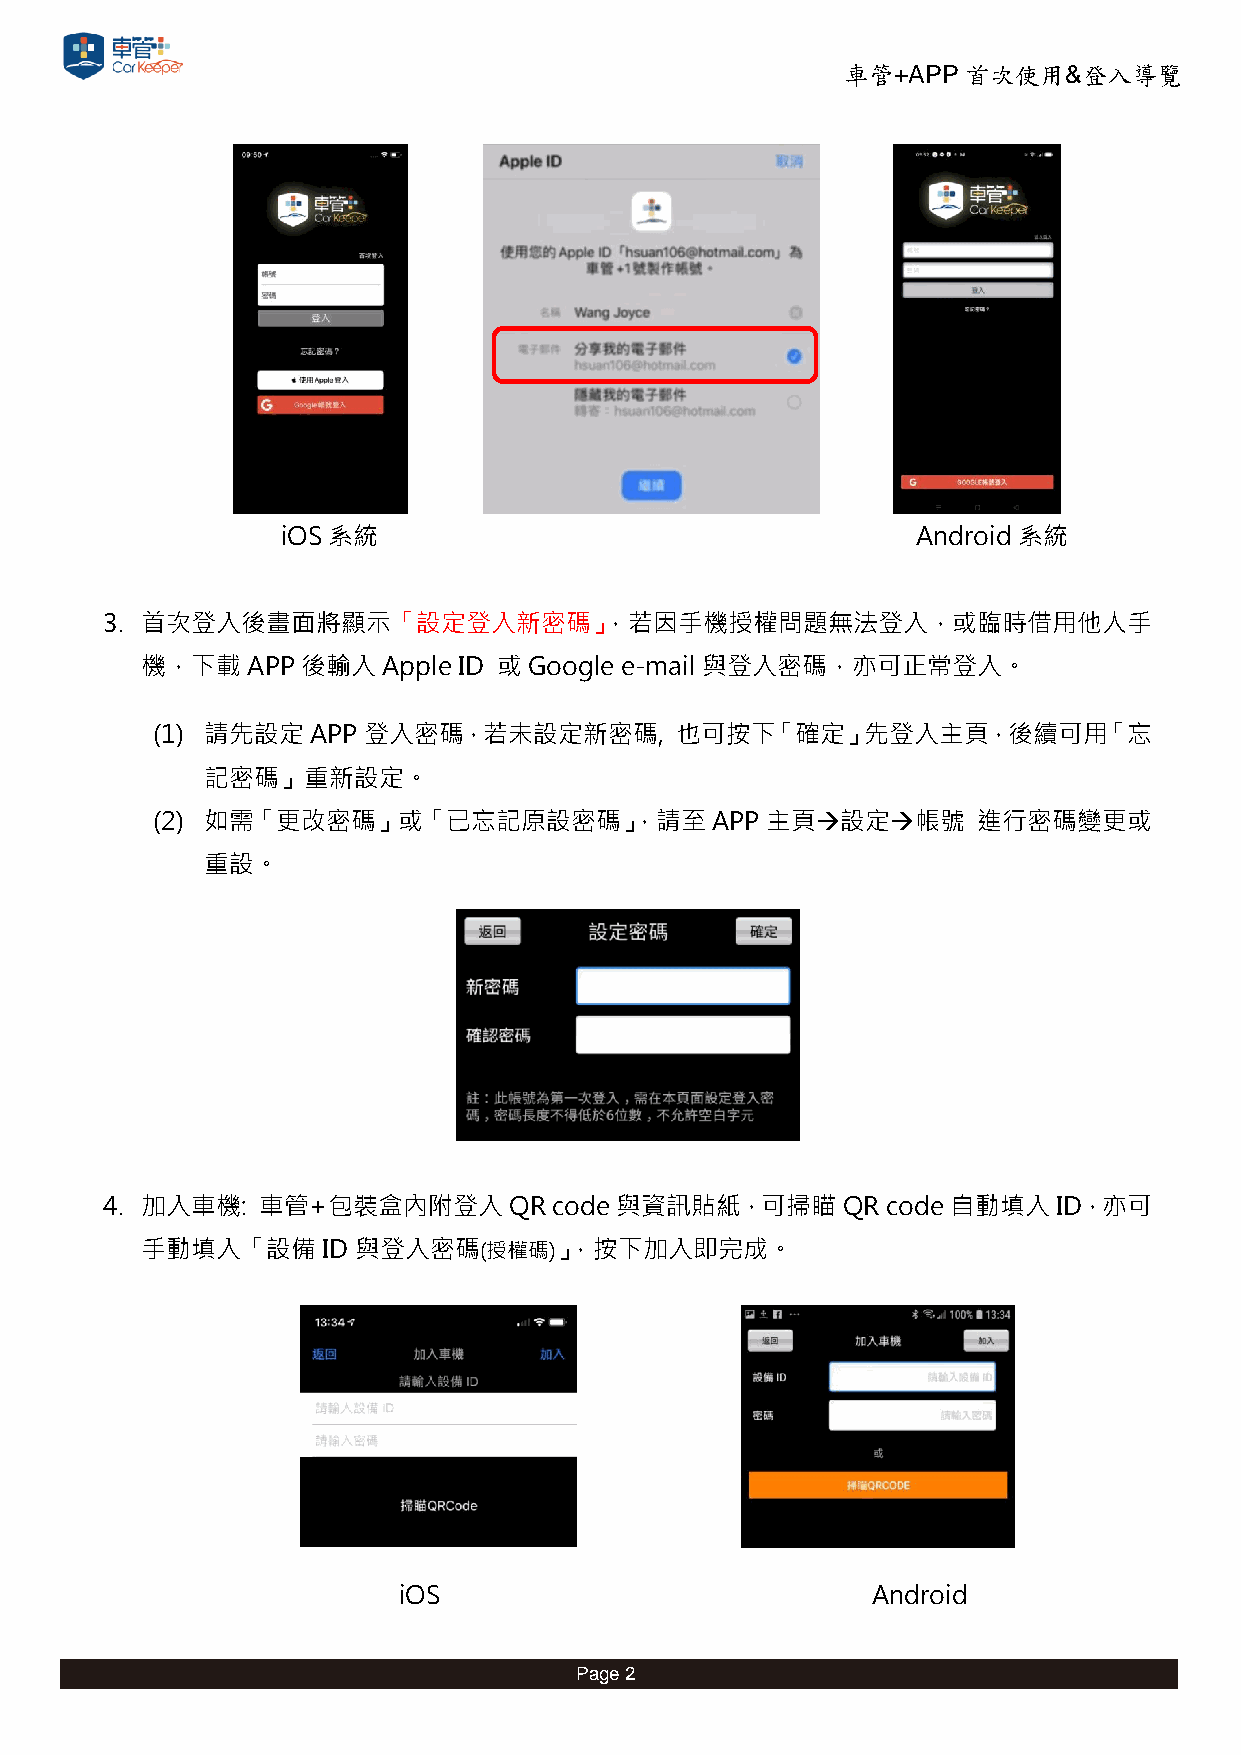
車管+APP  首次使用&登入導覽
 iOS系統                                     Android 系統
 3. 首次登入後畫面將顯示「設定登入新密碼」，若因手機授權問題無法登入，或臨時借用他人手
 機，下載APP後輸入Apple      ID 或 Google e-mail 與登入密碼，亦可正常登入。
 (1) 請先設定APP   登入密碼，若未設定新密碼,        也可按下「確定」先登入主頁，後續可用「忘
 記密碼」重新設定。
 (2) 如需「更改密碼」或「已忘記原設密碼」，請至            APP主頁設定帳號       進行密碼變更或
 重設。
 4. 加入車機:  車管+包裝盒內附登入       QR code 與資訊貼紙，可掃瞄     QR code自動填入ID，亦可
 手動填入「設備ID     與登入密碼(授權碼)」，按下加入即完成。
 iOS                             Android
 Page 2